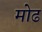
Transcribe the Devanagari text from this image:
मोढ